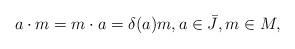
LaTeX: \begin{align*}a\cdot m = m \cdot a = \delta(a)m, a \in \bar{J}, m \in M,\end{align*}